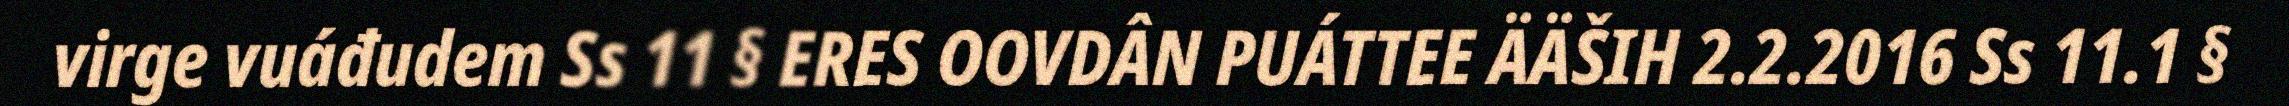
virge vuáđudem Ss 11 § ERES OOVDÂN PUÁTTEE ÄÄŠIH 2.2.2016 Ss 11.1 §